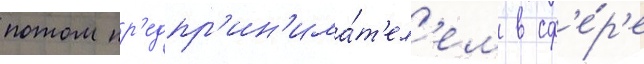
потом пр'едпр'ин'има́т'ел'ем в сф'е́р'е